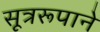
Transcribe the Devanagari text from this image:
सूत्ररूपाने